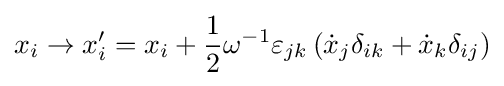
x_{i}\to x_{i}'=x_{i}+{\frac {1}{2}}\omega ^{-1}\varepsilon _{jk}\left({\dot {x}}_{j}\delta _{ik}+{\dot {x}}_{k}\delta _{ij}\right)